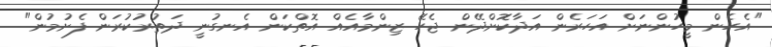
"އެހެން މީހުންނަށް އަހަރެން އަދާކޮށްދޭން ޖެހޭ ޒިންމާއެއް އޮތްކަން އެނގުނީ ދަތުރުކުރަން ފެށުމުން"